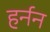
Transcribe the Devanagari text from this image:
हर्नन